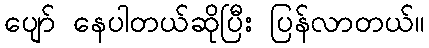
ပျော် နေပါတယ်ဆိုပြီး ပြန်လာတယ်။